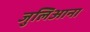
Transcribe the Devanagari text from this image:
जुलिआना